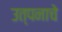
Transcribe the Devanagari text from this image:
उत्पनाचे